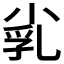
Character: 𡭾